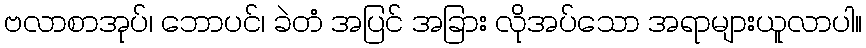
ဗလာစာအုပ်၊ ဘောပင်၊ ခဲတံ အပြင် အခြား လိုအပ်သော အရာများယူလာပါ။